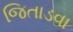
જિતાડવા